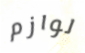
لوازم